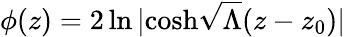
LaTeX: \phi(z)=2\ln|\textrm{cosh}\sqrt{\Lambda}(z-z_{0})|